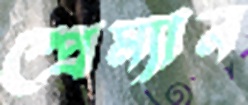
স্প্রেম্যান